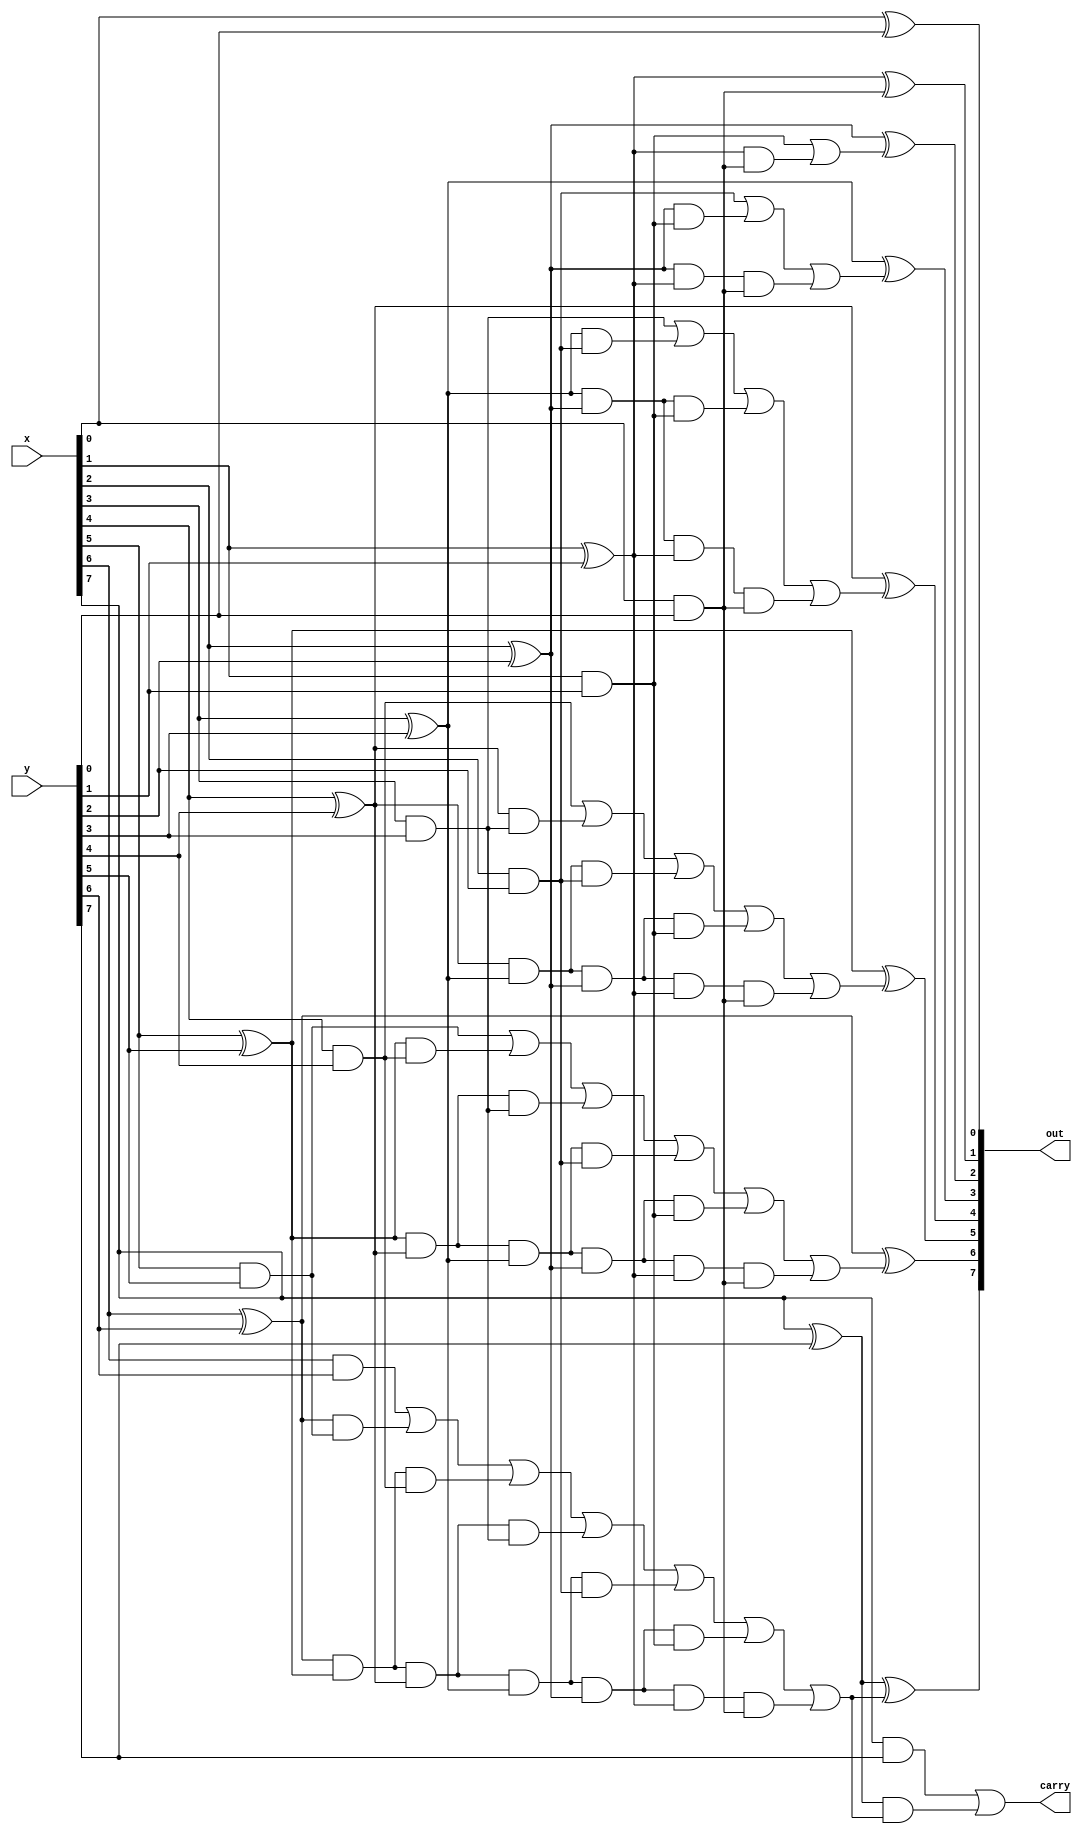
module adder_gate(x, y, carry, out);
input [7:0] x, y;
output carry;
output [7:0] out;
wire c1, c2, c3, c4, c5, c6, c7;
wire t0, t1, t2, t3, t4, t5, t6, t7, t8, t9, t10, t11, t12, t13, t14, t15, t16, t17, t18, t19, t20, t21;
wire [7:0] p, g;
/*Write your code here*/
xor #1 x0(p[0], x[0], y[0]);
xor #1 x1(p[1], x[1], y[1]);
xor #1 x2(p[2], x[2], y[2]);
xor #1 x3(p[3], x[3], y[3]);
xor #1 x4(p[4], x[4], y[4]);
xor #1 x5(p[5], x[5], y[5]);
xor #1 x6(p[6], x[6], y[6]);
xor #1 x7(p[7], x[7], y[7]);

and #1 b0(g[0], x[0], y[0]);
and #1 b1(g[1], x[1], y[1]);
and #1 b2(g[2], x[2], y[2]);
and #1 b3(g[3], x[3], y[3]);
and #1 b4(g[4], x[4], y[4]);
and #1 b5(g[5], x[5], y[5]);
and #1 b6(g[6], x[6], y[6]);
and #1 b7(g[7], x[7], y[7]);

and #1 aa1(t0, p[1], g[0]);
and #1 aa2(t1, p[2], g[1]);
and #1 aa3(t2, p[2], p[1], g[0]);
and #1 aa4(t3, p[3], g[2]);
and #1 aa5(t4, p[3], p[2], g[1]);
and #1 aa6(t5, p[3], p[2], p[1], g[0]);
and #1 aa7(t6, p[4], g[3]);
and #1 aa8(t7, p[4], p[3], g[2]);
and #1 aa9(t8, p[4], p[3], p[2], g[1]);
and #1 aa10(t9, p[4], p[3], p[2], p[1], g[0]);
and #1 aa11(t10, p[5], g[4]);
and #1 aa12(t11, p[5], p[4], g[3]);
and #1 aa13(t12, p[5], p[4], p[3], g[2]);
and #1 aa14(t13, p[5], p[4], p[3], p[2], g[1]);
and #1 aa15(t14, p[5], p[4], p[3], p[2], p[1], g[0]);
and #1 aa16(t15, p[6], g[5]);
and #1 aa17(t16, p[6], p[5], g[4]);
and #1 aa18(t17, p[6], p[5], p[4], g[3]);
and #1 aa19(t18, p[6], p[5], p[4], p[3], g[2]);
and #1 aa20(t19, p[6], p[5], p[4], p[3], p[2], g[1]);
and #1 aa21(t20, p[6], p[5], p[4], p[3], p[2], p[1], g[0]);

or #1 or1(c1, g[0], 0);
or #1 or2(c2, g[1], t0);
or #1 or3(c3, g[2], t1, t2);
or #1 or4(c4, g[3], t3, t4, t5);
or #1 or5(c5, g[4], t6, t7, t8, t9);
or #1 or6(c6, g[5], t10, t11, t12, t13, t14);
or #1 or7(c7, g[6], t15, t16, t17, t18, t19, t20);

xor #1 xx0(out[0], p[0], 0);
xor #1 xx1(out[1], p[1], c1);
xor #1 xx2(out[2], p[2], c2);
xor #1 xx3(out[3], p[3], c3);                          
xor #1 xx4(out[4], p[4], c4);
xor #1 xx5(out[5], p[5], c5);
xor #1 xx6(out[6], p[6], c6);
xor #1 xx7(out[7], p[7], c7);

and #1 f0(t21, p[7], c7);
or #1 f1(carry, g[7], t21);


/*full_adder full_adder0(.a(x[0]), .b(y[0]), .cin(0), .sum(out[0]), .cout(c1));
full_adder full_adder1(.a(x[1]), .b(y[1]), .cin(c1), .sum(out[1]), .cout(c2));
full_adder full_adder2(.a(x[2]), .b(y[2]), .cin(c2), .sum(out[2]), .cout(c3));
full_adder full_adder3(.a(x[3]), .b(y[3]), .cin(c3), .sum(out[3]), .cout(c4));
full_adder full_adder4(.a(x[4]), .b(y[4]), .cin(c4), .sum(out[4]), .cout(c5));
full_adder full_adder5(.a(x[5]), .b(y[5]), .cin(c5), .sum(out[5]), .cout(c6));
full_adder full_adder6(.a(x[6]), .b(y[6]), .cin(c6), .sum(out[6]), .cout(c7));
full_adder full_adder7(.a(x[7]), .b(y[7]), .cin(c7), .sum(out[7]), .cout(carry));
*/
/*End of code*/

endmodule
module full_adder(a, b, cin, sum, cout);
	input a, b, cin;
	output sum;
	output cout;
	wire x1, x2, x3;
	xor #1 xora(x1, a, b);
	and #1 anda(x2, x1, cin);
	and #1 andb(x3, a, b);
	xor #1 xorb(sum, x1, cin);
	or #1 ora(cout, x2, x3);
endmodule